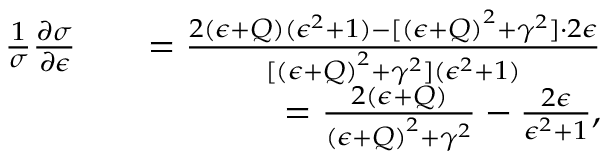
\begin{array} { r l r } { \frac { 1 } { \sigma } \frac { \partial \sigma } { \partial \epsilon } } & { } & { = \frac { 2 ( \epsilon + Q ) ( \epsilon ^ { 2 } + 1 ) - [ { ( \epsilon + Q ) } ^ { 2 } + \gamma ^ { 2 } ] \cdot 2 \epsilon } { [ { ( \epsilon + Q ) } ^ { 2 } + \gamma ^ { 2 } ] ( \epsilon ^ { 2 } + 1 ) } } \\ & { } & { = \frac { 2 \left( \epsilon + Q \right) } { { \left( \epsilon + Q \right) } ^ { 2 } + \gamma ^ { 2 } } - \frac { 2 \epsilon } { \epsilon ^ { 2 } + 1 } , } \end{array}